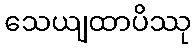
သေယျထာပိဿု